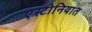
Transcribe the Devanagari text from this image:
एस्टोनियात